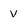
Character: v